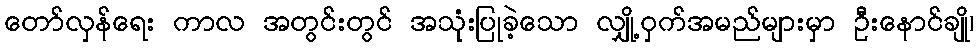
တော်လှန်ရေး ကာလ အတွင်းတွင် အသုံးပြုခဲ့သော လျှို့ဝှက်အမည်များမှာ ဦးနောင်ချို၊